Annual report on the health of the army in India
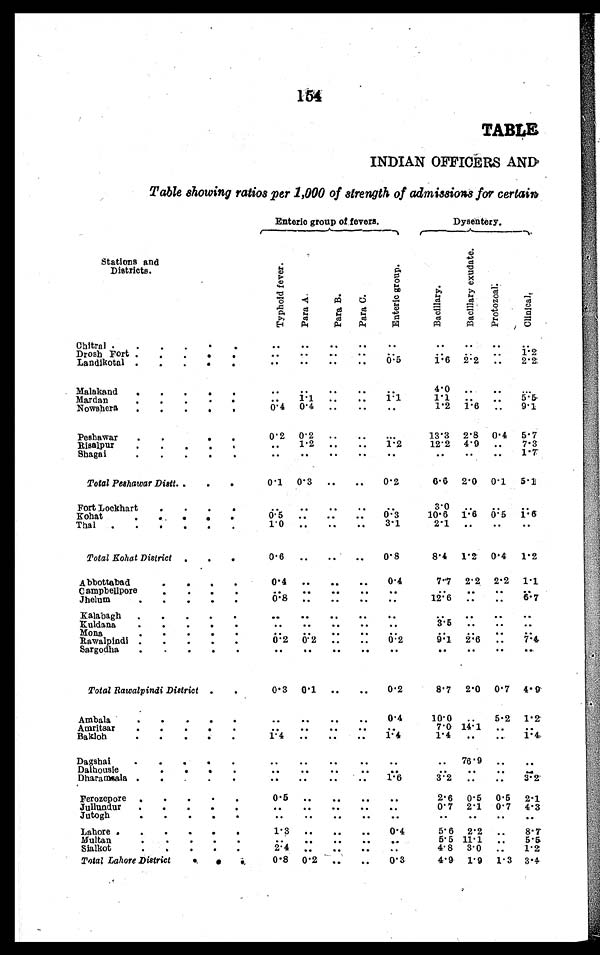
154
TABLE
INDIAN OFFICERS AND
Table showing ratios per 1,000 of strength of admissions for certain
Enteric group of fevers.
Dysentery.
S t a t i o n s a n d
Districts.
T y p h o i d f e v e r .
P a r a A .
P a r a B .
P a r a C .
E n t e r i c g r o u p .
B a c i l l a r y .
B a c i l l a r y e x u d a t e .
Prot ozol .
C l i n i c a l .
Chitral . . .
. . .
. . .
. . .
. . .
. . .
. . . . . .
. . .
. . .
1.2
Drosh Fort . . .
. . .
. . .
. . .
. . .
. . .
. . .
. . .
. . .
0.5
1. 6 2.2
...
2 2
Landikotal . . .
. . .
. . .
. . .
. . .
Malakand . . .
. . .
. . .
. . .
. . .
. . .
4.0 . . .
. . .
. . .
1.1
. . .
. . .
1.1
1.1
. . .
. . .
5.5
Mardan . . .
. . .
0.4
. . .
. . .
. . .
1.2
1.6
. . .
9.1
Nowshera . . .
0.4
Peshawar . . .
0.2
0.2
. . .
. . .
. . .
13.3
2.8
0.4
5.7
1.2
12.2 4.9 . . .
7.3
Risalpur . . .
. . .
1.2
. . .
. . .
Shagai . . .
. . .
. . .
. . .
. . .
. . .
. . .
. . .
. . .
1.7
Total Peshawar Distt . . .
0.1
0.3
. . .
. . .
0.2
6.6
2.0
0 . 1
5.1
Fort Lockhart . . .
. . .
. . .
. . .
. . .
. . .
3.0
. . .
. . .
. . .
10.6
1.6
Kohat . . .
0.5
. . .
. . .
. . .
0.3
0.5
1. 6
Thal . . .
1.0
. . .
. . .
. . .
3.1
2.1
. . .
. . .
. . .
Total Kohat District . . .
0.6
. . .
. . .
. . .
0.8
8.4
1.2
0.4
1.2
Abbottabad . . .
0.4
. . .
. . .
. . .
0.4
7.7
2.2
2.2
1.1
C ampbellpore . . .
. . .
. . .
. . .
. . .
. . .
. . .
. . .
. . .
. . .
0 . 8
. . . . . .
. . .
. . .
12.6 . . .
. . .
6.7
Jhelum . . .
Kalabagh . . .
. . .
. . .
. . .
. . .
. . .
. . .
. . .
. . .
. . .
Kuldana . . .
. . .
. . .
. . .
. . .
. . .
3.5 . . .
. . .
. . .
Mona . . .
. . .
. . .
. . .
. . .
. . .
. . . . . .
. . .
. . .
Rawalpindi . . .
0.2
0.2
. . .
. . .
0 . 2
9. 1
2 . 6 . . .
7.4
Sargodha . . .
. . .. . .
. . .
. . .
. . .
. . .
. . .. . .
. . .
Total Rawalpindi District . . .
0.3
0.1
. . .
. . .
0.2
8.7
2.0
0.7
4.9
Ambala . . .
. . .
. . .
. . .
. . .
0.4
10.0
. . .
5.2
1.2
Amritsar . . .
. . .
. . .
. . .
. . .
. . .
7.0 14.1
. . .
. . .
1.4
1.4
. . .
. . .
1.4
Bakloh . . .
1.4
. . .
. . .
. . .
Dagshai
. . .
. . .
. . .
. . .
. . .
. . .
76.9
. . .
. . .
Dalhousie . . .
. . .
. . .
. . .
. . .
. . .
. . .
. . .
. . .
. . .
Dharamsala . . .
. . .
. . .
. . .
. . .
1.6
3.2
. . .
. . .
3 . 2
Ferozepore . . .
0 . 5 . . .
. . .
. . .
. . .
2.6
0.5
0.5
2.1
Jullundur . . .
. . .
. . .
. . .
. . .
. . .
0.7 2.1
0.7
4.3
Jutogh . . .
. . .
. . .
. . .
. . .
. . .
. . .
. . .
. . .
. . .
Lahore . . .
1.3
. . .
. . .
. . .
0.4
5.6
2.2
. . .
8.7
Multan . . .
. . .
. . .
. . .
. . .
. . .
5.5 11.1
. . .
5.5
Sialkot . . .
2.4
. . . . . .
. . .
. . .
4.8
3.0 . . .
1.2
Total Lahore District . . .
0.8
0.2
. . .
. . .
0.3
4.9
1 . 9
1.3 3.4